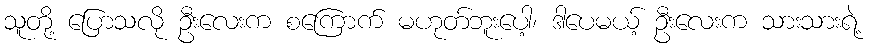
သူတို့ ပြောသလို ဦးလေးက စကြောက် မဟုတ်ဘူးပေါ့၊ ဒါပေမယ့် ဦးလေးက သားသားရဲ့